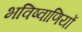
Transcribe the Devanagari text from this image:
भविष्वाणियों